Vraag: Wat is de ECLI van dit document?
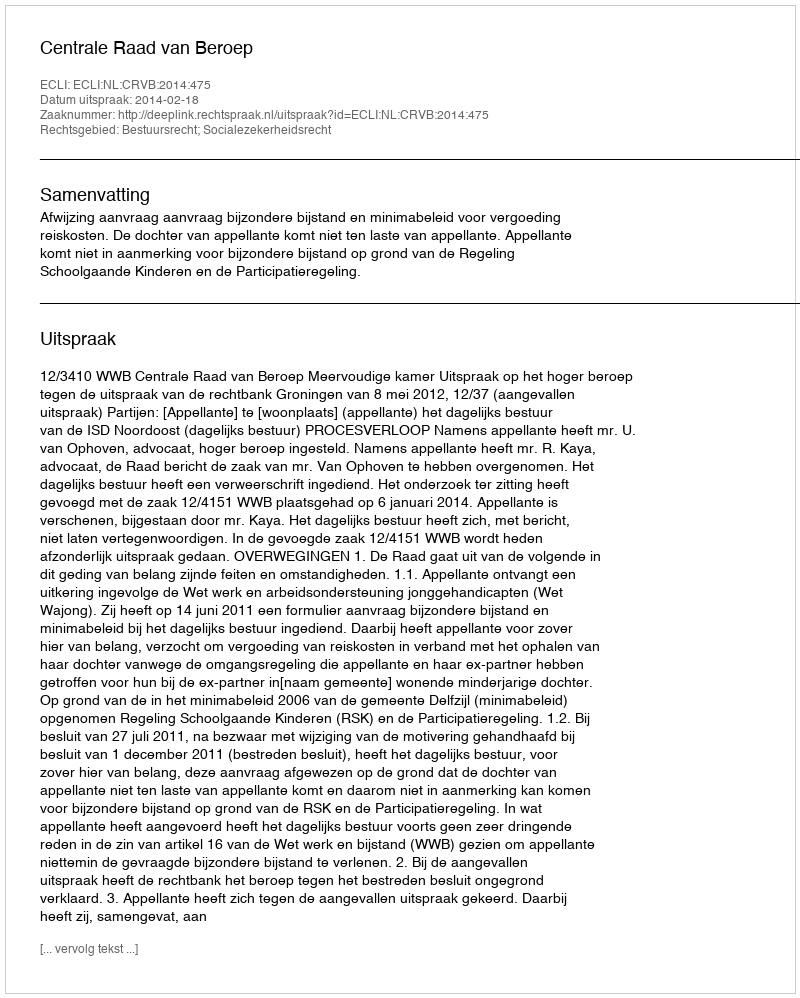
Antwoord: ECLI:NL:CRVB:2014:475